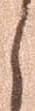
く